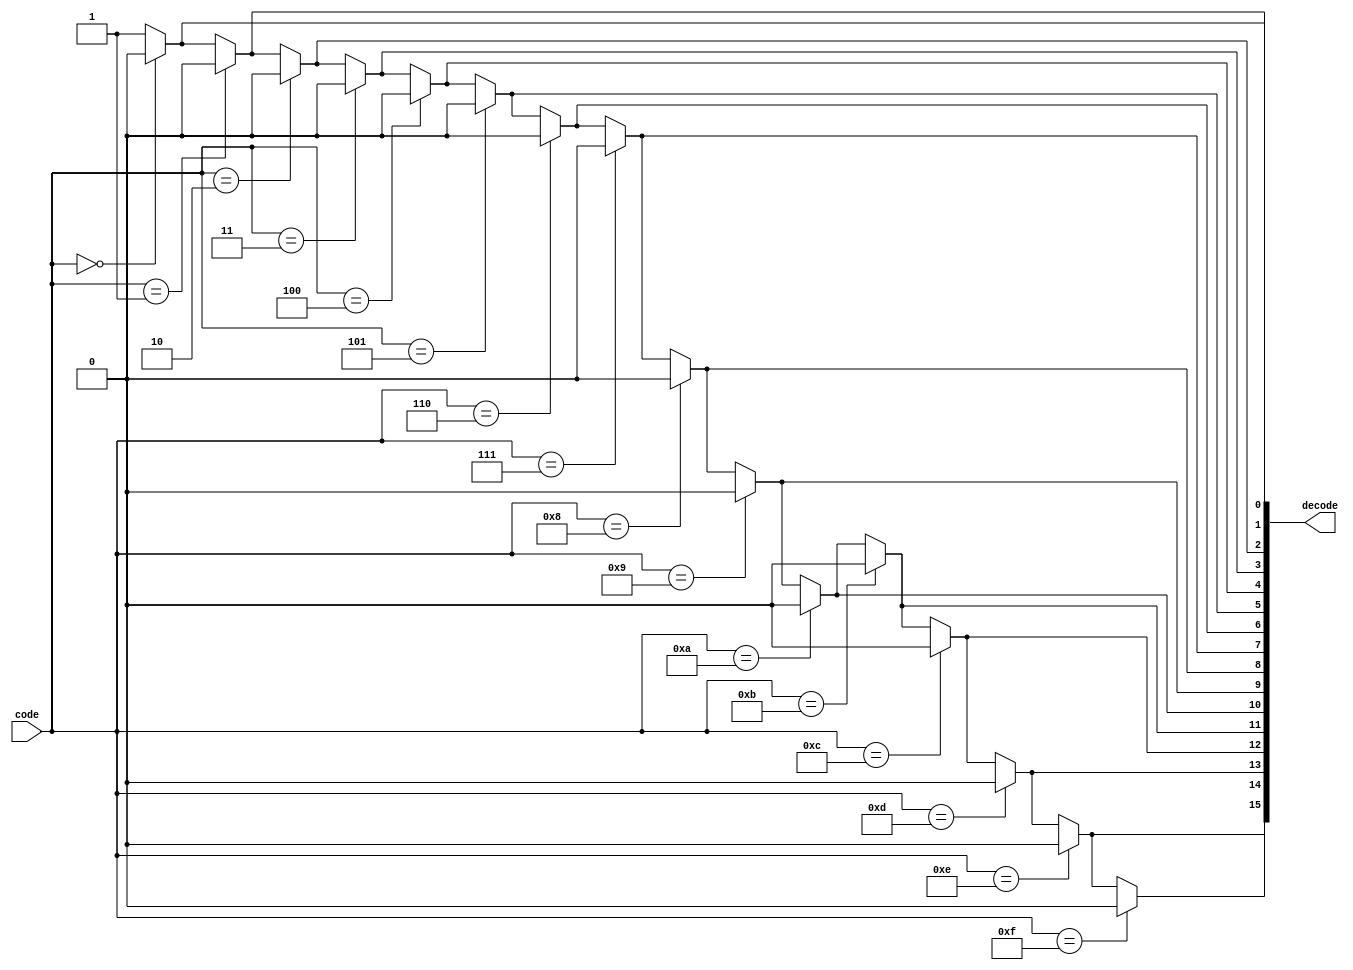
`timescale 1ns / 1ps
//////////////////////////////////////////////////////////////////////////////////
// Company: 
// Engineer: 
// 
// Design Name: 
// Module Name:    LightingSystemUtils 
// Project Name: 
// Target Devices: 
// Tool versions: 
// Description: 
//
// Dependencies: 
//
// Revision: 
// Revision 0.01 - File Created
// Additional Comments: 
//
//////////////////////////////////////////////////////////////////////////////////
module Min_Decoder4x16(
	input [3:0]         code ,
	output reg [15:0] decode
    );
	 reg[4:0] i;
	 reg state;
	 always @ (code) begin
		state = 1;
		// traverse      through    all 16 lamps
		for(i = 0; i <= 4'b1111; i = i + 1) begin
			if(code == i) // if we meet the bound
				state = 0; // from now we turn off
			decode[i] = state;
		 end
	 end

endmodule